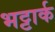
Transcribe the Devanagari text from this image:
भट्टार्क